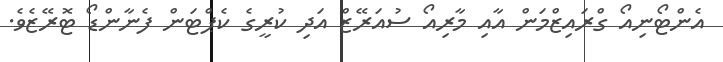
އެންޓޯނިއޯ ގްރައިޒްމަން އާއި މާރިއޯ ސުއަރޭޒް އަދި ކުރީގެ ކެޕްޓަން ފެނާންޑޯ ޓޮރޭޒެވެ.